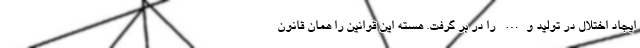
ایجاد اختلال در تولید و… را در بر گرفت. هسته این قوانین را همان قانون